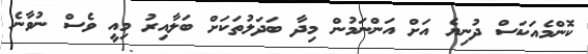
ކޮންމެއަކަސް ދުނިޔެ އަށް އަންނަމުން މިދާ ބަދަލުތަކަށް ބަލާއިރު މިއީ ވެސް ނުވާނެ